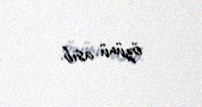
özünü asıb.